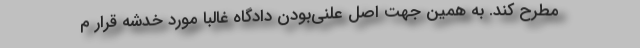
مطرح کند. به همین جهت اصل علنی‌بودن دادگاه غالبا مورد خدشه قرار م